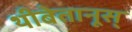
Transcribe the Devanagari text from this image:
थीबेतानूस्